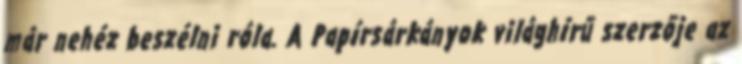
már nehéz beszélni róla. A Papírsárkányok világhírű szerzője az